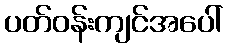
ပတ်ဝန်းကျင်အပေါ်